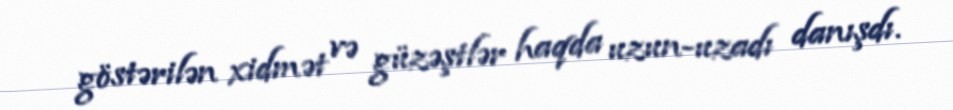
göstərilən xidmət və güzəştlər haqda uzun-uzadı danışdı.